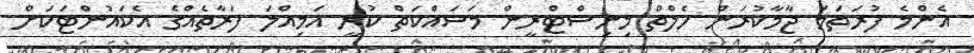
އެންމެ ފުރަތަމަ ޖާމާކުރަން ހެލްތް މިނިސްޓްރީން މަސައްކަތް ކުރީ އަމިއްލަ ފަރާތެއްގެ އެކައުންޓަކަށް